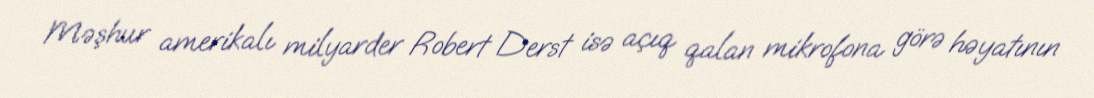
Məşhur amerikalı milyarder Robert Derst isə açıq qalan mikrofona görə həyatının